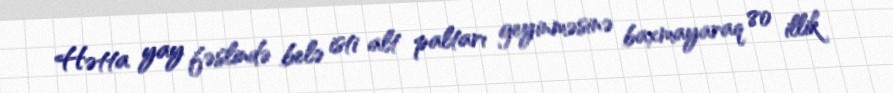
Hətta yay fəslində belə isti alt paltarı geyinməsinə baxmayaraq 80 illik